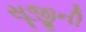
સૂજીની